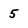
Character: 5